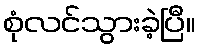
စုံလင်သွားခဲ့ပြီ။